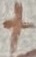
Text: +